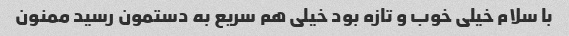
با سلام خیلی خوب و تازه بود خیلی هم سریع به دستمون رسید ممنون